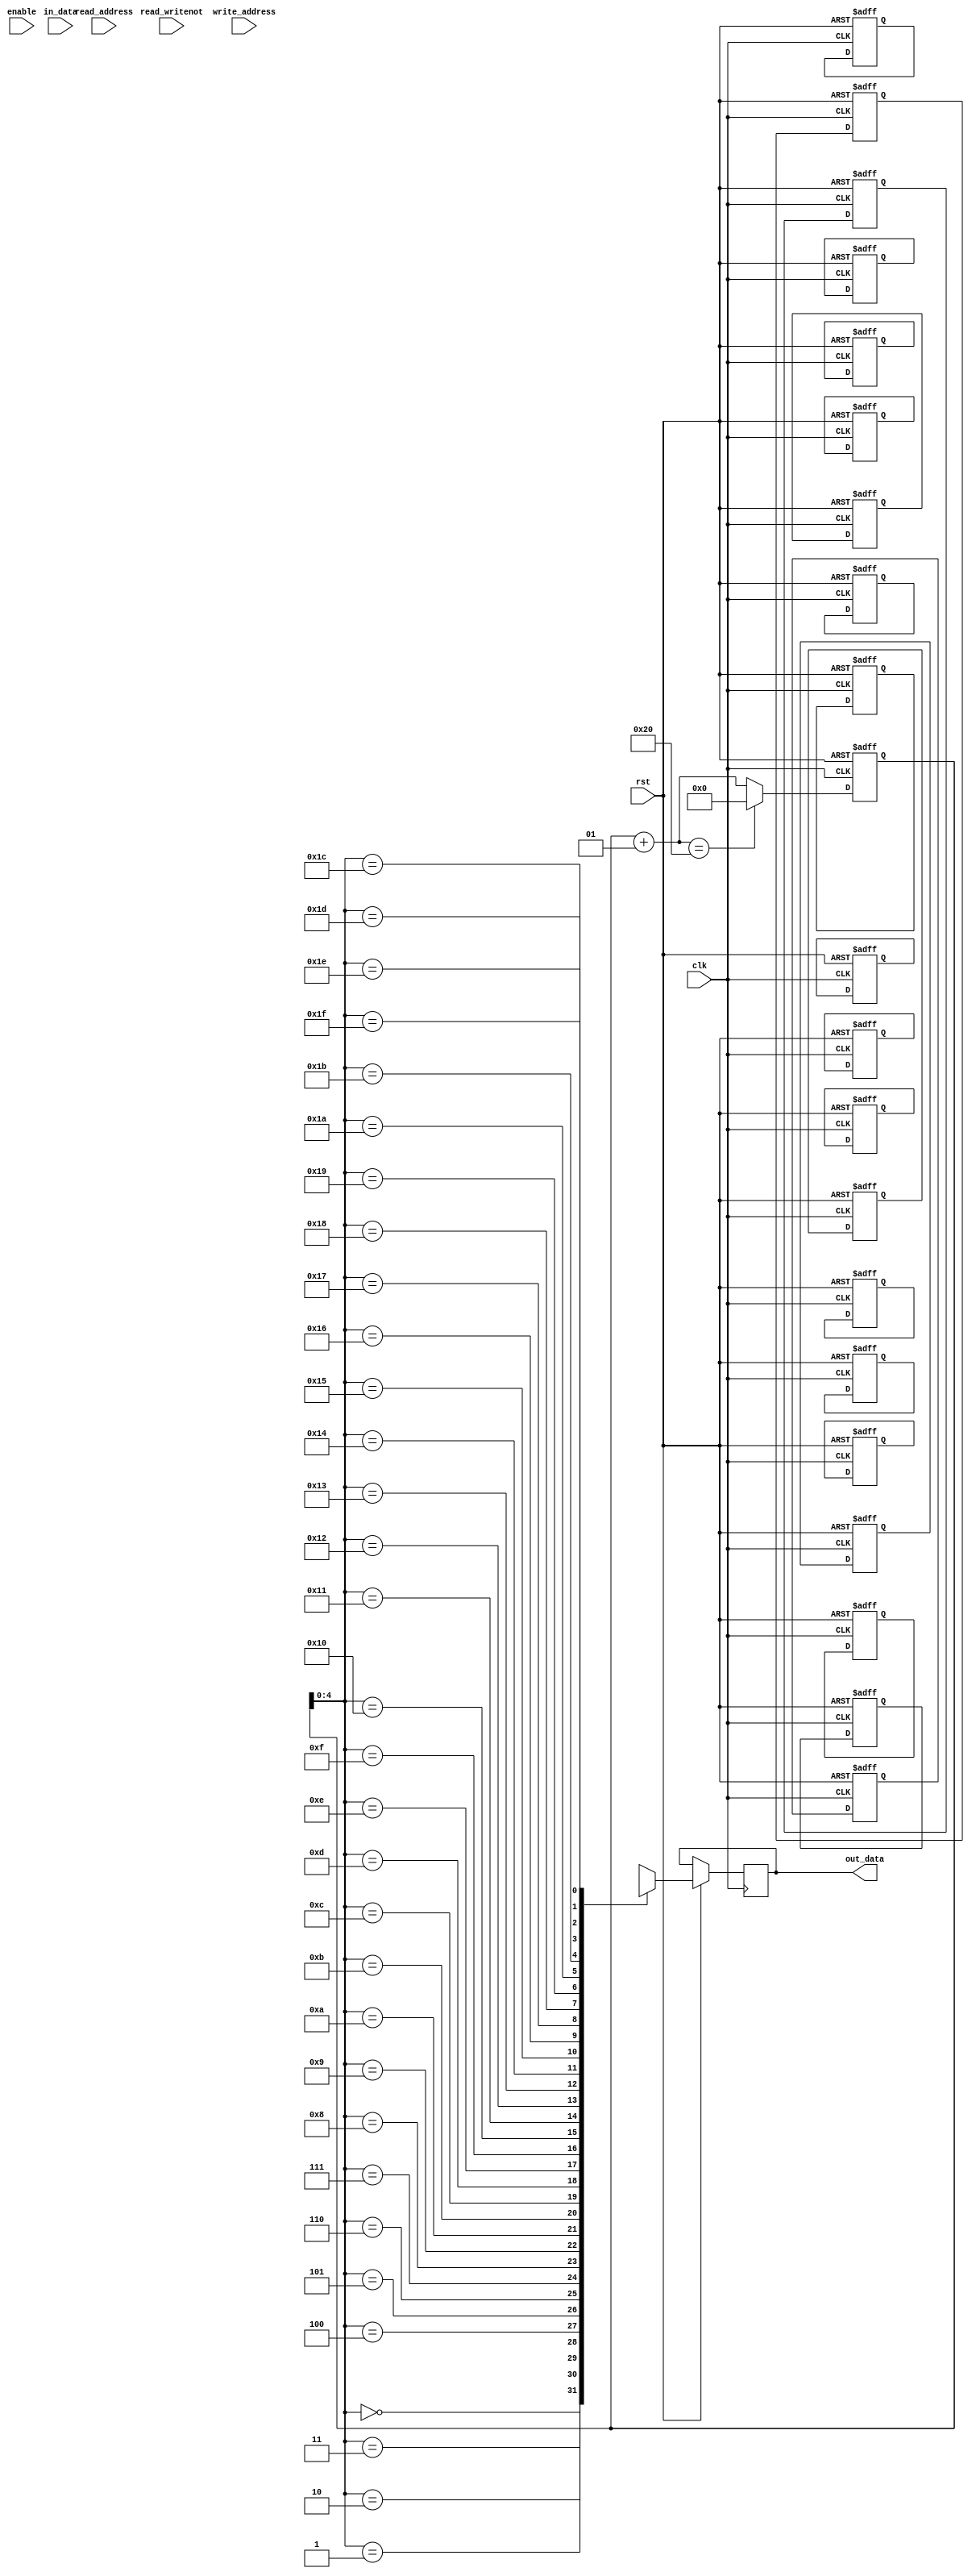
module inst_mem(
    input clk,
    input rst,
    input enable,
    input read_writenot,
    input [19 : 0] in_data,
    input [4 : 0] read_address,
    input [4 : 0] write_address,

    output reg [19 : 0] out_data

);

reg [19 : 0] storage [31 : 0];
integer i;

always @(posedge clk,negedge rst) begin
    if(rst == 0) begin
        for (i = 0; i<20 ; i = i + 1 ) begin
            storage[i] = 0;
        end
        storage[0] = 20'b 00_000000_000001_000010;
        storage[1] = 20'b 00_000011_000100_000101;
        storage[2] = 20'b 00_000110_000111_001000;
        storage[3] = 20'b 01_001001_001010_001011;
        storage[4] = 20'b 01_001100_001101_001110;
        storage[5] = 20'b 10_001111_010000_010001;
        storage[6] = 20'b 10_010010_010011_010100;
        storage[7] = 20'b 11_000000_000000_000000;
        i = 0;
    end else begin
        out_data = storage[i];
        i = i + 1;
        if(i == 32)
            i = 0;
end
end

endmodule